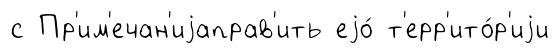
с Пр'им'ечан'иjаправ'ить еjо́ т'ерр'ито́р'иjи